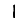
Digit: 1